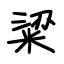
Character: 粱